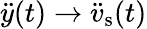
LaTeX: \ddot{y}(t)\rightarrow\ddot{v}_{\mathrm{s}}(t)